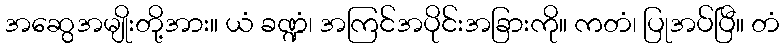
အဆွေအမျိုးတို့အား။ ယံ ခဏ္ဍံ၊ အကြင်အပိုင်းအခြားကို။ ကတံ၊ ပြုအပ်ပြီ။ တံ